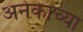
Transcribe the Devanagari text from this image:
अनेकाच्या